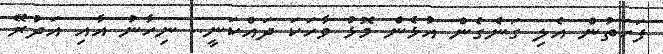
ފަހަތުން އެލި ގަނެގެން އުޅެން މޮޅު ވާހަކަ ދައްކަނީ.. ނިހާނު އާއި އަދުރޭ